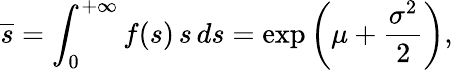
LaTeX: \overline{{s}}=\int_{0}^{+\infty}f(s)\, s\, ds=\exp\left(\mu+{\frac{\sigma^{2}}{2}}\right),